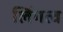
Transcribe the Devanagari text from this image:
लिंगत्व